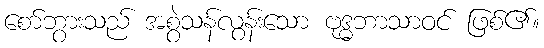
စော်ဘွားသည် အစွဲသန်လွန်းသော ဗုဒ္ဓဘာသာဝင် ဖြစ်၏။